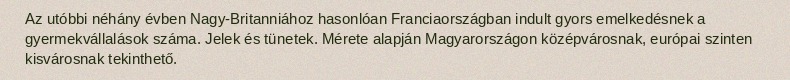
Az utóbbi néhány évben Nagy-Britanniához hasonlóan Franciaországban indult gyors emelkedésnek a gyermekvállalások száma. Jelek és tünetek. Mérete alapján Magyarországon középvárosnak, európai szinten kisvárosnak tekinthető.